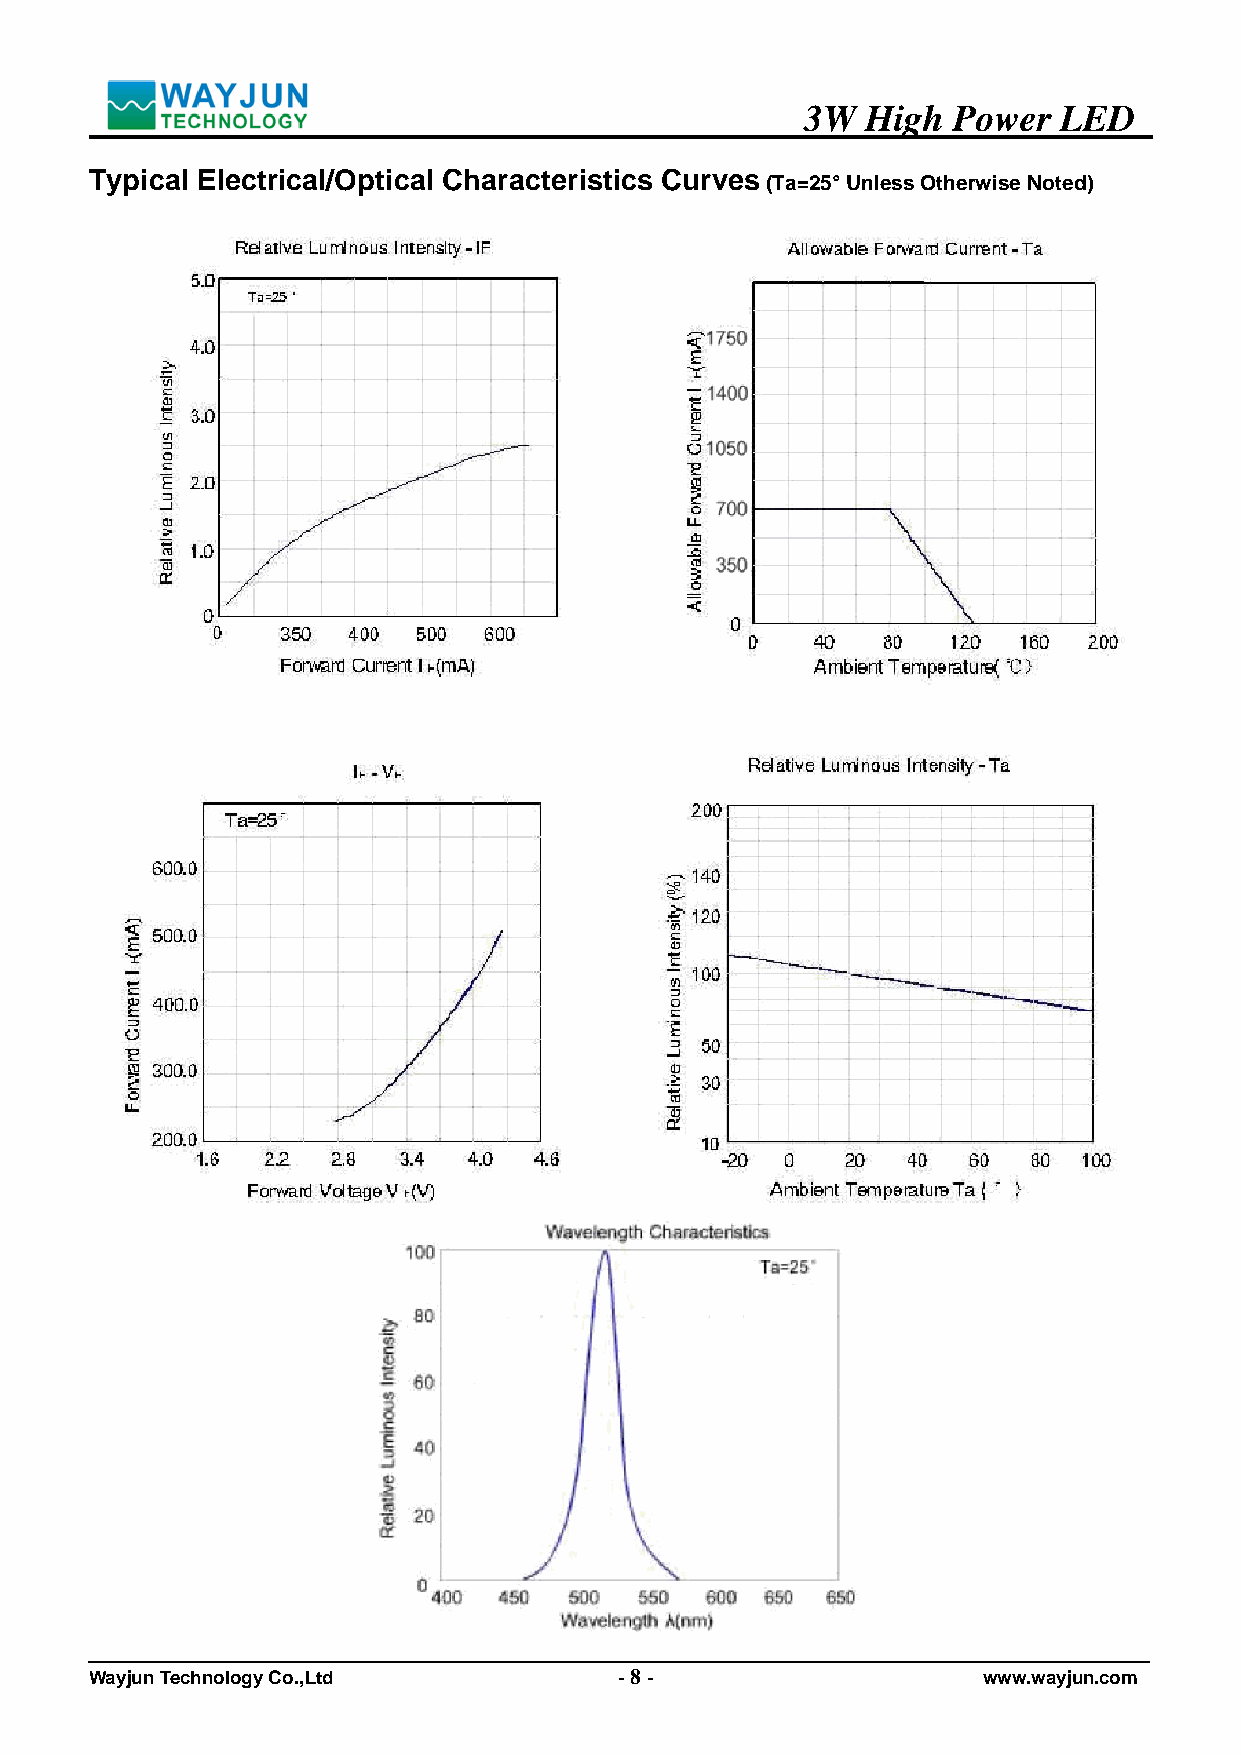
3W  High  Power  LED
 Typical Electrical/Optical Characteristics Curves
 (Ta=25° Unless Otherwise Noted)
 Wayjun Technology Co.,Ltd          - 8 -                   www.wayjun.com